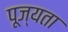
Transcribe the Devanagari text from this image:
पूज्यता